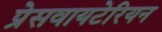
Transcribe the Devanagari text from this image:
प्रेसवायटेरियन